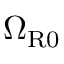
\Omega _ { \mathrm { R 0 } }